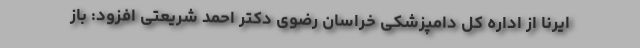
ایرنا از اداره کل دامپزشکی خراسان رضوی دکتر احمد شریعتی افزود: باز